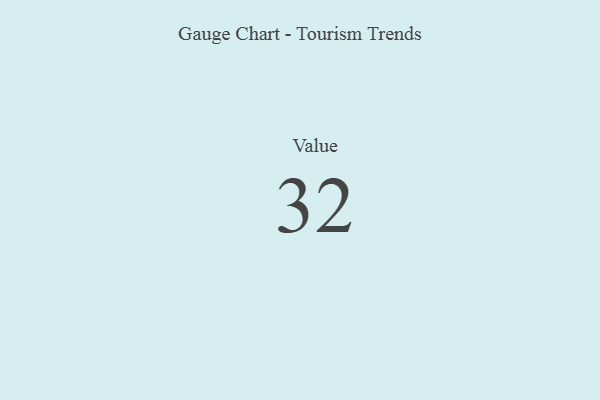
{"axis": {"x": "Metric", "y": "Value"}, "legend": [""], "data": [{"x": "Value", "y": 32, "type": ""}]}